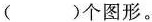
()个图形。